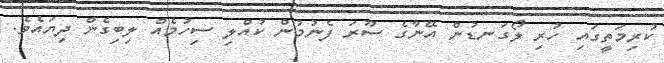
ކުރިމަތީގައި ހުރި ލޯގަނޑުން އޭނާގެ ސޫރަ ފެނުމުން ކުއްލި ސިހުމެއް ލިބިގެން ދިޔައެވެ.